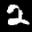
Label: 2